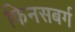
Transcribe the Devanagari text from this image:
फिनसबर्ग